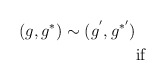
\begin{align*}(g,g^{*})\sim (g^{'},g^{*'}) \ \ \\ \ {\rm if}\end{align*}